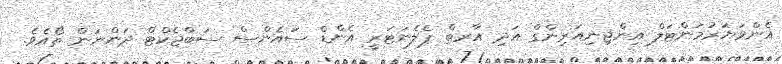
އެންވަޔަރުމަންޓަލް އިންޖިނިއަރިންގް އަދި އާރތް ޕެލެނަޓަރީ އެންޑް ސައެންސް ސަބްޖެކްޓް ދަންނަން ތޯއެވެ.